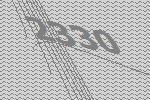
2330